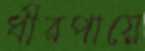
ধীরপায়ে